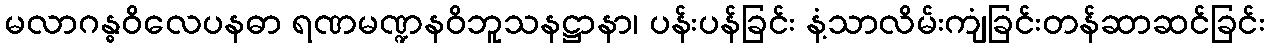
မလာဂန္ဓဝိလေပနဓာ ရဏမဏ္ဍနဝိဘူသနဋ္ဌာနာ၊ ပန်းပန်ခြင်း နံ့သာလိမ်းကျံခြင်းတန်ဆာဆင်ခြင်း